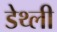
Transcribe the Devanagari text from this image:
डेथ्ली